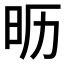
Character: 𰕵